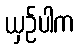
ယှဉ်ပါက